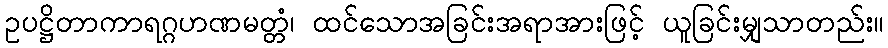
ဥပဋ္ဌိတာကာရဂ္ဂဟဏမတ္တံ၊ ထင်သောအခြင်းအရာအားဖြင့် ယူခြင်းမျှသာတည်း။